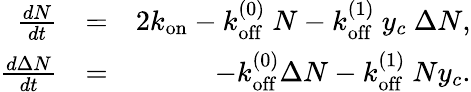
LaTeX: \begin{array}{rlr}{\frac{dN}{dt}}&{=}&{2k_{\mathrm{on}}-k_{\mathrm{off}}^{(0)}\ N-k_{\mathrm{off}}^{(1)}\ y_{c}\ \Delta N,}\\ {\frac{d\Delta N}{dt}}&{=}&{-k_{\mathrm{off}}^{(0)}\Delta N-k_{\mathrm{off}}^{(1)}\ Ny_{c}.}\end{array}